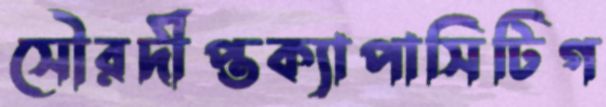
সৌরদীপ্তক্যাপাসিটিগ